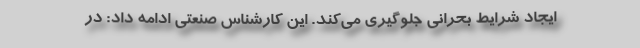
ایجاد شرایط بحرانی جلوگیری می‌کند. این کارشناس صنعتی ادامه داد: در